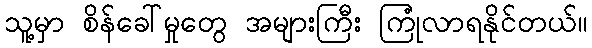
သူ့မှာ စိန်ခေါ်မှုတွေ အများကြီး ကြုံလာရနိုင်တယ်။